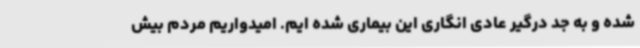
شده و به جد درگیر عادی انگاری این بیماری شده ایم. امیدواریم مردم بیش